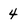
Character: 4